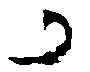
か